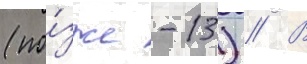
(по́зже -13) // В